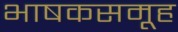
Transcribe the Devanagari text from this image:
भाषकसमूह